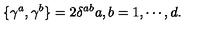
\{ \gamma ^ { a } , \gamma ^ { b } \} = 2 \delta ^ { a b } a , b = 1 , \cdots , d .